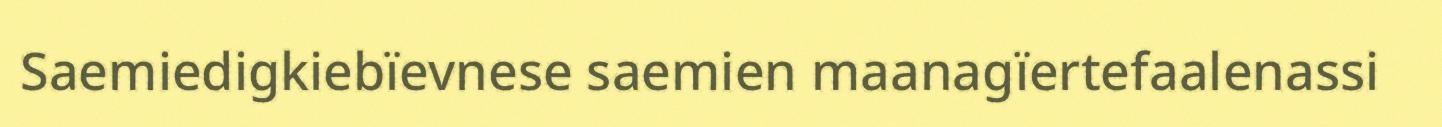
Saemiedigkiebïevnese saemien maanagïertefaalenassi